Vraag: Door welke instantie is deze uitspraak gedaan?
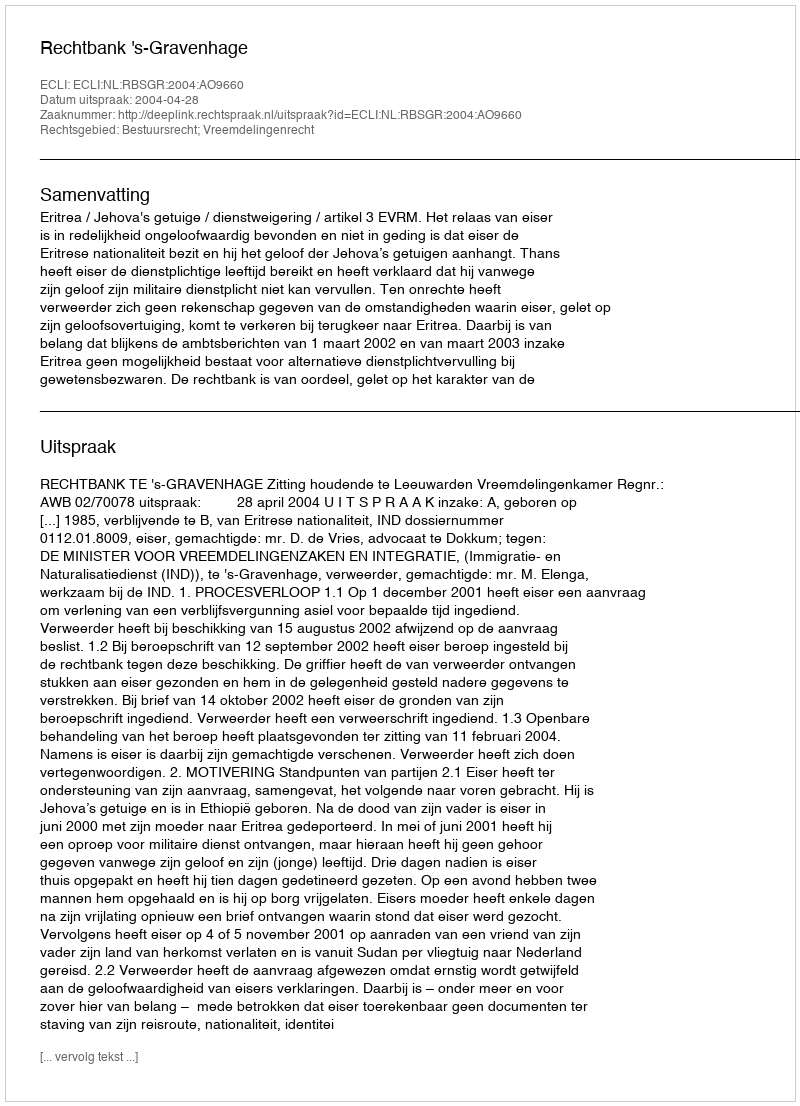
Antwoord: Rechtbank 's-Gravenhage